Civil Veterinary Department. United Provinces 1912-22 - 1912-1922
Year: 1912
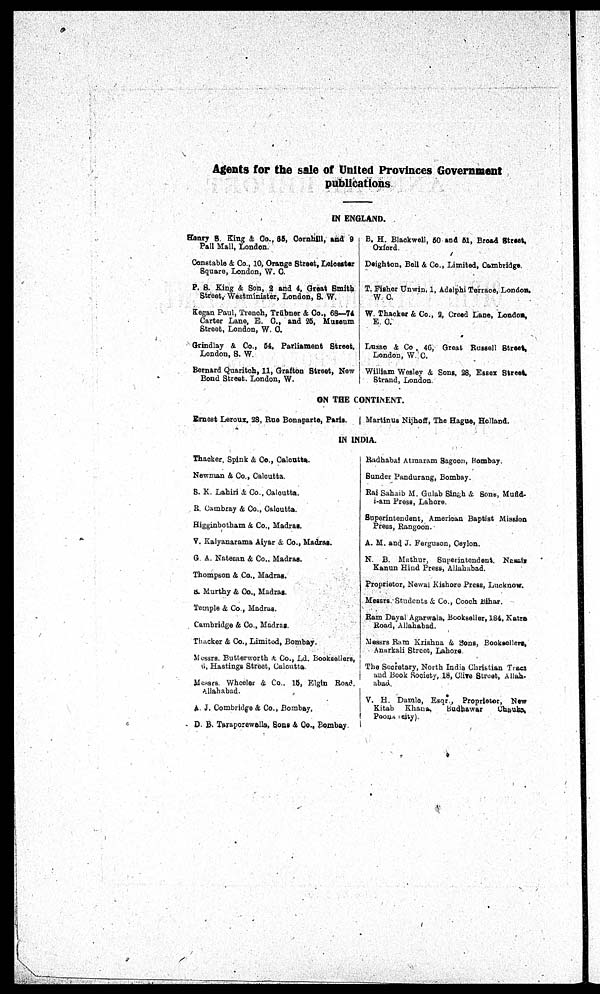
Agents for the sale of United Provinces Government
publications
IN ENGLAND.
Hanry S. King & Co., 85, Cornhill, and 9
Pall Mall, London.
Constable & Co., 10, Orange Street, Leicester
Square, London, W. 0.
P. 8. King & Son, 2 and 4, Great Smith
Street, Westminister, London, 8. W.
|
Kegan Paul, Trench, Trubner & Co., 68—74
Carter Lane, E. C., and 26, Museum
Street, London, W. C.
Grindlay & Co., 54, Parliament Street.
London, S. W.
Bernard Quaritch, 11, Grafton Street, New
Bond Street. London, W.
B. H. Blackwell, 50 and 51, Broad Street,
Oxford.
Deighton, Bell & Co., Limited, Cambridge
T. Fisher Unwin. 1, Adelphi Terrace, London.
W C.
W. Thackar & Co., 2, Creed Lane, London,
E. C.
Luzao & Co , 46, Great Russell Street,
London, W. C.
William Weslev & Sons, 28, Essex Street,
Strand, London
ON THE CONTINENT.
Ernost Leroux, 28, Rue Bonaparte, Paris.
Martinue Nijhoff, The Hague, Holland.
IN INDIA.
Thacker, Spink & Co., Calcutta.
Newman & Co., Calcutta.
S. K. Lahiri & Co., Calcutta.
R Cambray & Co., Culcutta.
Higginbotham & Co., Madras.
V. Kalyanarama Aiyar & Co., Madras.
G A. Natocan & Co.. Madras.
Thompson & Co., Madras.
S. Murthy & Co., Madras.
Temple & Co , Madras.
Cambridge & Co., Madras.
Thacker & Co., Limited, Bombay.
Messrs Butterworth & Co., Ld. Booksellers,
6, Hastings Street, Calcntra
Measrs Wheeler & Co., 18, Elgin Road.
Allahabad.
A J. Combridge & Co., Bombay.
D. B. Taraporewella, Sons & Co., Bombay
Radhabal Atmaram Sagoon, Bombay.
Sunder Pundurang, Bombay.
Rai Sabaib M. Gulab Singh & Sons, Mudd-
i-am Press, Lahore.
Superintendent, American Baptist Mission
Press, Rangoon.
A. M. and J. Forgunon, Coylon.
N. B. Mathur,
Superintendent
Nausix
Kanun Hind Press, Allahabad.
Proprietor, Nowan Kishore Press, Lucknow.
Messrs Students & Co., Cooch Bihar.
Ram Dayal Agarwala, Bookseller, 184, Katra
Road, Allahabad.
Messrs Ram Krishna & Sons, Booksellers,
Anarkali Street, Lahore
The Secretary, North India Christian Trees
and Book Society, 18, Cive Street, Aliah-
abad.
V. H. Damlo, Esqr., Proprietor, New
Kitab
Khana
Budhawar
Chanka,
Poona city).